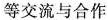
等交流与合作